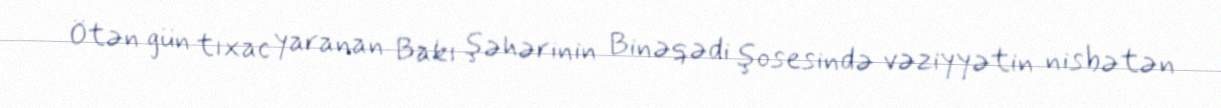
Ötən gün tıxac yaranan Bakı şəhərinin Binəqədi şosesində vəziyyətin nisbətən